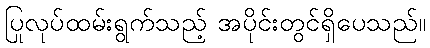
ပြုလုပ်ထမ်းရွက်သည့် အပိုင်းတွင်ရှိပေသည်။